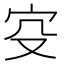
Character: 𡧔